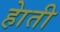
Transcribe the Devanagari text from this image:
हाेती